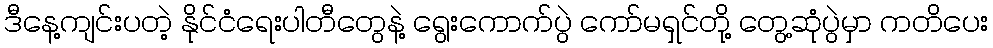
ဒီနေ့ကျင်းပတဲ့ နိုင်ငံရေးပါတီတွေနဲ့ ရွေးကောက်ပွဲ ကော်မရှင်တို့ တွေ့ဆုံပွဲမှာ ကတိပေး